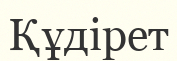
Құдірет